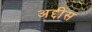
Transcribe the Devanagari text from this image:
अद्दीस